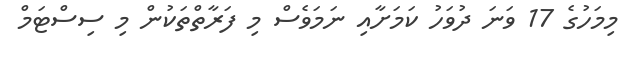
މިމަހުގެ 17 ވަނަ ދުވަހު ކަމަށާއި ނަމަވެސް މި ފަރާތްތަކުން މި ސިސްޓަމް